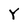
Character: Y